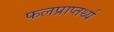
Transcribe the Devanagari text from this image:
फलप्राप्तर्थ्य